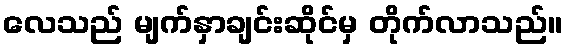
လေသည် မျက်နှာချင်းဆိုင်မှ တိုက်လာသည်။